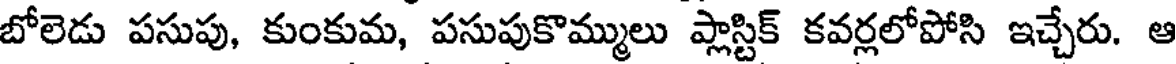
బోలెడు పసుపు, కుంకుమ, పసుపుకొమ్ములు ప్లాస్టిక్ కవర్లలోపోసి ఇచ్చేరు. ఆ